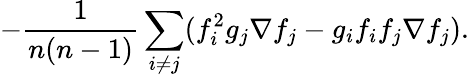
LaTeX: -\frac 1{n(n-1)}\sum_{i\neq j}(f_{i}^{2}g_{j}\nabla f_{j}-g_{i}f_{i}f_{j}\nabla f_{j}).